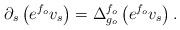
LaTeX: \begin{align*}\partial_s\left(e^{f_o}v_s\right)=\Delta_{g_o}^{f_o} \left(e^{f_o}v_s\right).\end{align*}